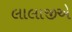
લાલાજીએ